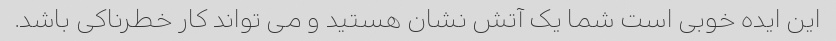
این ایده خوبی است شما یک آتش نشان هستید و می تواند کار خطرناکی باشد.